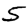
Digit: 5